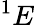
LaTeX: ^1E